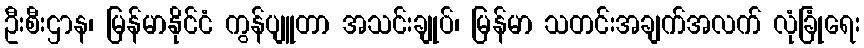
ဦးစီးဌာန၊ မြန်မာနိုင်ငံ ကွန်ပျူတာ အသင်းချုပ်၊ မြန်မာ သတင်းအချက်အလက် လုံခြုံရေး